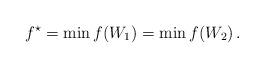
LaTeX: \begin{align*}f^\star=\min f(W_1)=\min f(W_2)\,.\end{align*}